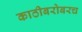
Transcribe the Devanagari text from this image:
काठीबरोबरच